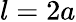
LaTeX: l=2a